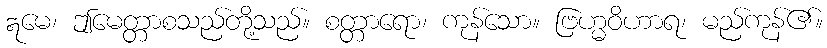
ဣမေ၊ ဤမေတ္တာစသည်တို့သည်။ စတ္တာရော၊ ကုန်သော။ ဗြဟ္မဝိဟာရ၊ မည်ကုန်၏။